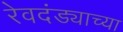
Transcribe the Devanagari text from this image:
रेवदंड्याच्या